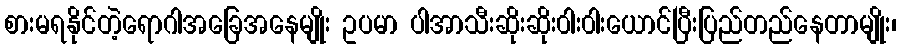
စားမရနိုင်တဲ့ရောဂါအခြေအနေမျိုး ဥပမာ ပါအာသီးဆိုးဆိုး၀ါး၀ါးယောင်ပြီးပြည်တည်နေတာမျိုး၊